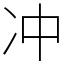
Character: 冲